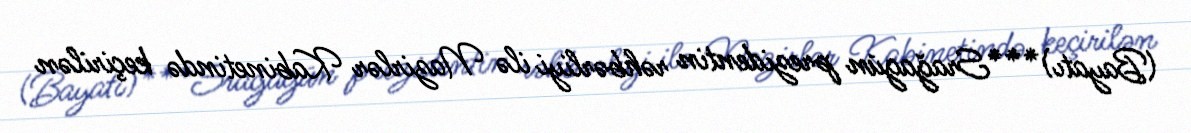
(Bayatı)***Srağagün prezidentin rəhbərliyi ilə Nazirlər Kabinetində keçirilən